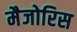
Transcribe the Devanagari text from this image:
मैजोरिस